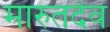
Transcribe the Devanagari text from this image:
मारुतदेव